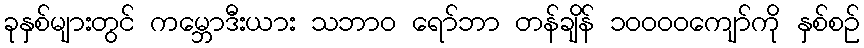
ခုနှစ်များတွင် ကမ္ဘောဒီးယား သဘာဝ ရော်ဘာ တန်ချိန် ၁၀၀၀၀ကျော်ကို နှစ်စဉ်